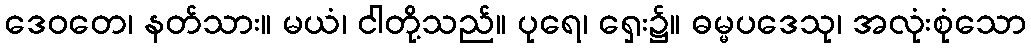
ဒေဝတေ၊ နတ်သား။ မယံ၊ ငါတို့သည်။ ပုရေ၊ ရှေး၌။ ဓမ္မပဒေသု၊ အလုံးစုံသော